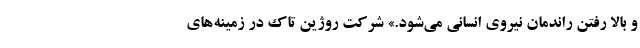
و بالا رفتن راندمان نیروی انسانی می‌شود.» شرکت روژین تاک در زمینه‌های